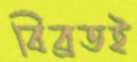
বিব্রতই